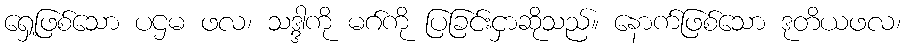
ရှေ့ဖြစ်သော ပဌမ ဖလ၊ သဒ္ဒါကို မဂ်ကို ပြခြင်းငှာဆိုသည်။ နောက်ဖြစ်သော ဒုတိယဖလ၊